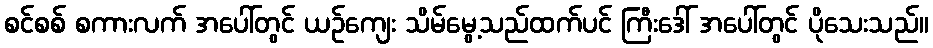
စင်စစ် စကားလက် အပေါ်တွင် ယဉ်ကျေး သိမ်မွေ့သည်ထက်ပင် ကြီးဒေါ် အပေါ်တွင် ပိုသေးသည်။